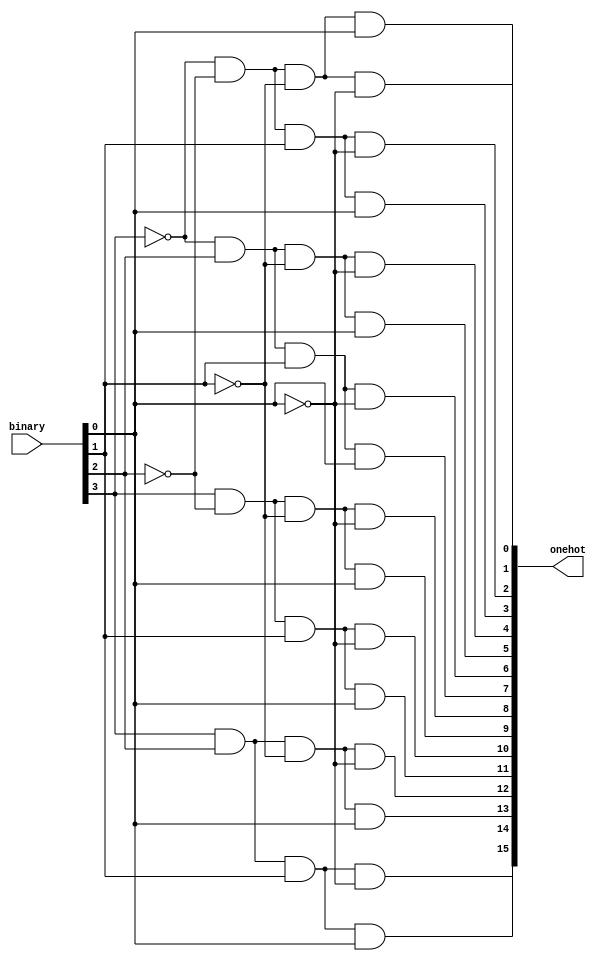
//-------------------------------------------------
//
// 4 to 16 decoder, Structural. 
// Group SAMU Project Part 2
//
//-------------------------------------------------


//=================================================================
//
// DECODER
//
//=================================================================
module Dec(binary,onehot);

    input [3:0] binary;
    output [15:0]onehot;
    
    assign onehot[ 0]=~binary[3]&~binary[2]&~binary[1]&~binary[0];
    assign onehot[ 1]=~binary[3]&~binary[2]&~binary[1]& binary[0];
    assign onehot[ 2]=~binary[3]&~binary[2]& binary[1]&~binary[0];
    assign onehot[ 3]=~binary[3]&~binary[2]& binary[1]& binary[0];
    assign onehot[ 4]=~binary[3]& binary[2]&~binary[1]&~binary[0];
    assign onehot[ 5]=~binary[3]& binary[2]&~binary[1]& binary[0];
    assign onehot[ 6]=~binary[3]& binary[2]& binary[1]&~binary[0];
    assign onehot[ 7]=~binary[3]& binary[2]& binary[1]& binary[0];
    assign onehot[ 8]= binary[3]&~binary[2]&~binary[1]&~binary[0];
    assign onehot[ 9]= binary[3]&~binary[2]&~binary[1]& binary[0];
    assign onehot[10]= binary[3]&~binary[2]& binary[1]&~binary[0];
    assign onehot[11]= binary[3]&~binary[2]& binary[1]& binary[0];
    assign onehot[12]= binary[3]& binary[2]&~binary[1]&~binary[0];
    assign onehot[13]= binary[3]& binary[2]&~binary[1]& binary[0];
    assign onehot[14]= binary[3]& binary[2]& binary[1]&~binary[0];
    assign onehot[15]= binary[3]& binary[2]& binary[1]& binary[0];
	
endmodule